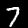
Digit: 7